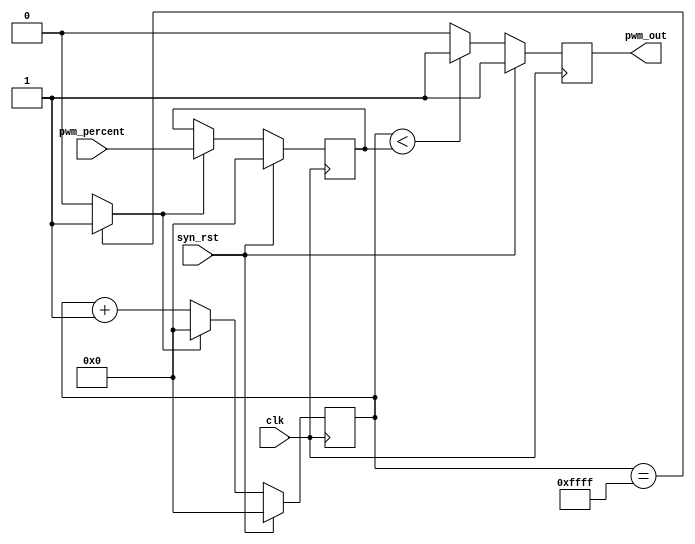
module PWM #(parameter PWM_WIDTH=16)(
	input clk,
	input syn_rst,
	input [PWM_WIDTH-1:0] pwm_percent,
	output reg pwm_out
);
reg [PWM_WIDTH-1:0] pwm_cnt;  //PMW
reg [PWM_WIDTH-1:0] pwm_load_value;

wire cnt_clear=(pwm_cnt=={{PWM_WIDTH}{1'b1}}) ? 1'b1:1'b0;
wire load_pwm_value=(pwm_cnt=={{PWM_WIDTH}{1'b0}}) ? 1'b1:1'b0;
always @(posedge clk)
  if(syn_rst)
  	pwm_cnt<=0;
  else if(cnt_clear)
  	pwm_cnt<=0;
	else
  	pwm_cnt<=pwm_cnt+1;

always @(posedge clk)
	if(syn_rst)
		pwm_load_value<=0;
	else if(cnt_clear)
		pwm_load_value<=pwm_percent;
	
always @(posedge clk)
  if(syn_rst)
  	pwm_out<=1'b1;
  else if(pwm_cnt<pwm_load_value)
  	pwm_out<=1'b1;
  else
  	pwm_out<=1'b0;
  	
endmodule